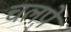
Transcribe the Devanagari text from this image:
चलपे